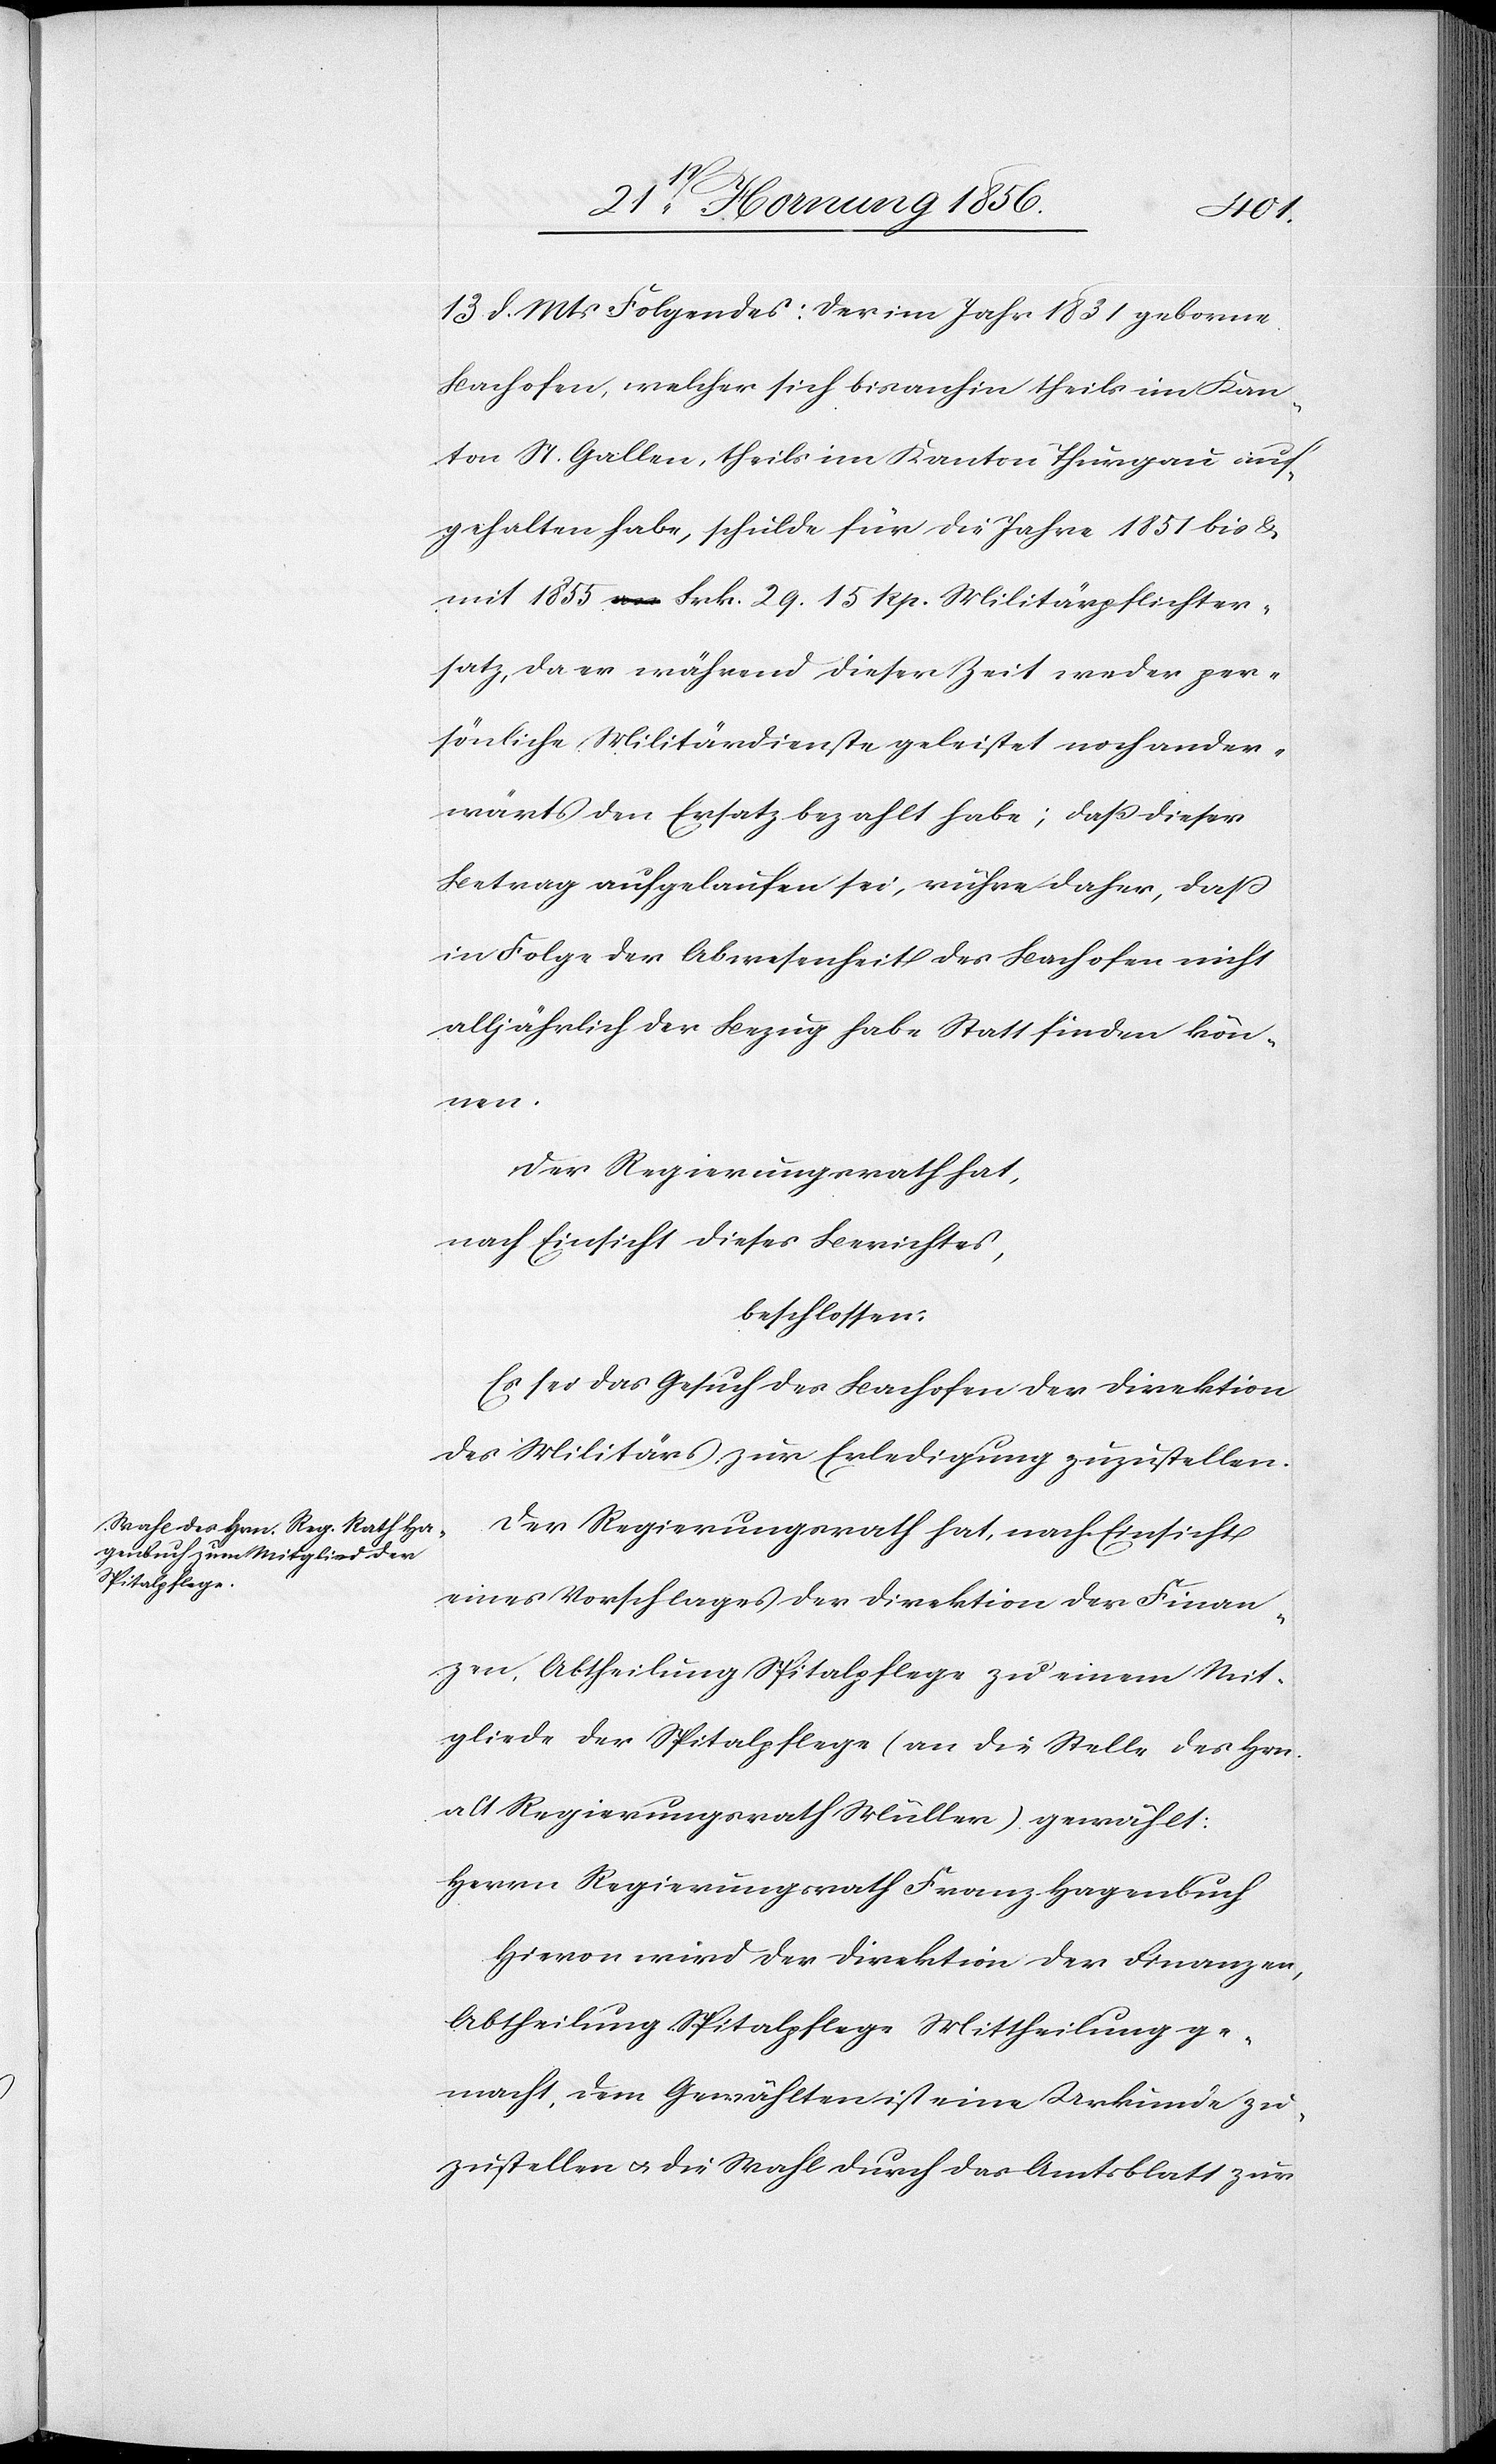
13 d. Mts Folgendes: Der im Jahr 1831 geborne
Bachofen, welcher sich bis anhin theils im Kan¬
ton St. Gallen, theils im Kanton Thurgau auf¬
gehalten habe, schulde für die Jahre 1851 bis &
mit 1855 Frk. 29. 15 Rp. Militärpflichter¬
satz, da er während dieser Zeit weder per¬
sönliche Militärdienste geleistet noch ander¬
wärts den Ersatz bezahlt habe; daß dieser
Betrag aufgelaufen sei, rühre daher, daß
in Folge der Abwesenheit des Bachofen nicht
alljährlich der Bezug habe Statt finden kön¬
nen.
Der Regierungsrath hat,
nach Einsicht dieses Berichtes,
beschlossen:
Es sei das Gesuch Bachofen der Direktion
des Militärs zur Erledigung zuzustellen.
Der Regierungsrath hat, nach Einsicht
eines Vorschlages der Direktion der Finan¬
zen, Abtheilung Spitalpflege zu einem Mit¬
gliede der Spitalpflege (an die Stelle des Hrn.
alt Regierungsrath Müller) gewählt:
Herrn Regierungsrath Franz Hagenbuch
Hievon wird der Direktion der Finanzen,
Abtheilung Spitalpflege Mittheilung ge¬
macht, dem Gewählten ist eine Urkunde zu¬
zustellen u. die Wahl durch das Amtsblatt zur